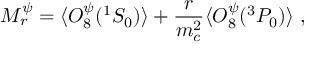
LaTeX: M _ { r } ^ { \psi } = \langle { \cal O } _ { 8 } ^ { \psi } ( ^ { 1 } S _ { 0 } ) \rangle + \frac { r } { m _ { c } ^ { 2 } } \langle { \cal O } _ { 8 } ^ { \psi } ( ^ { 3 } P _ { 0 } ) \rangle ~ ,